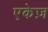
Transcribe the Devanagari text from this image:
एकेज़